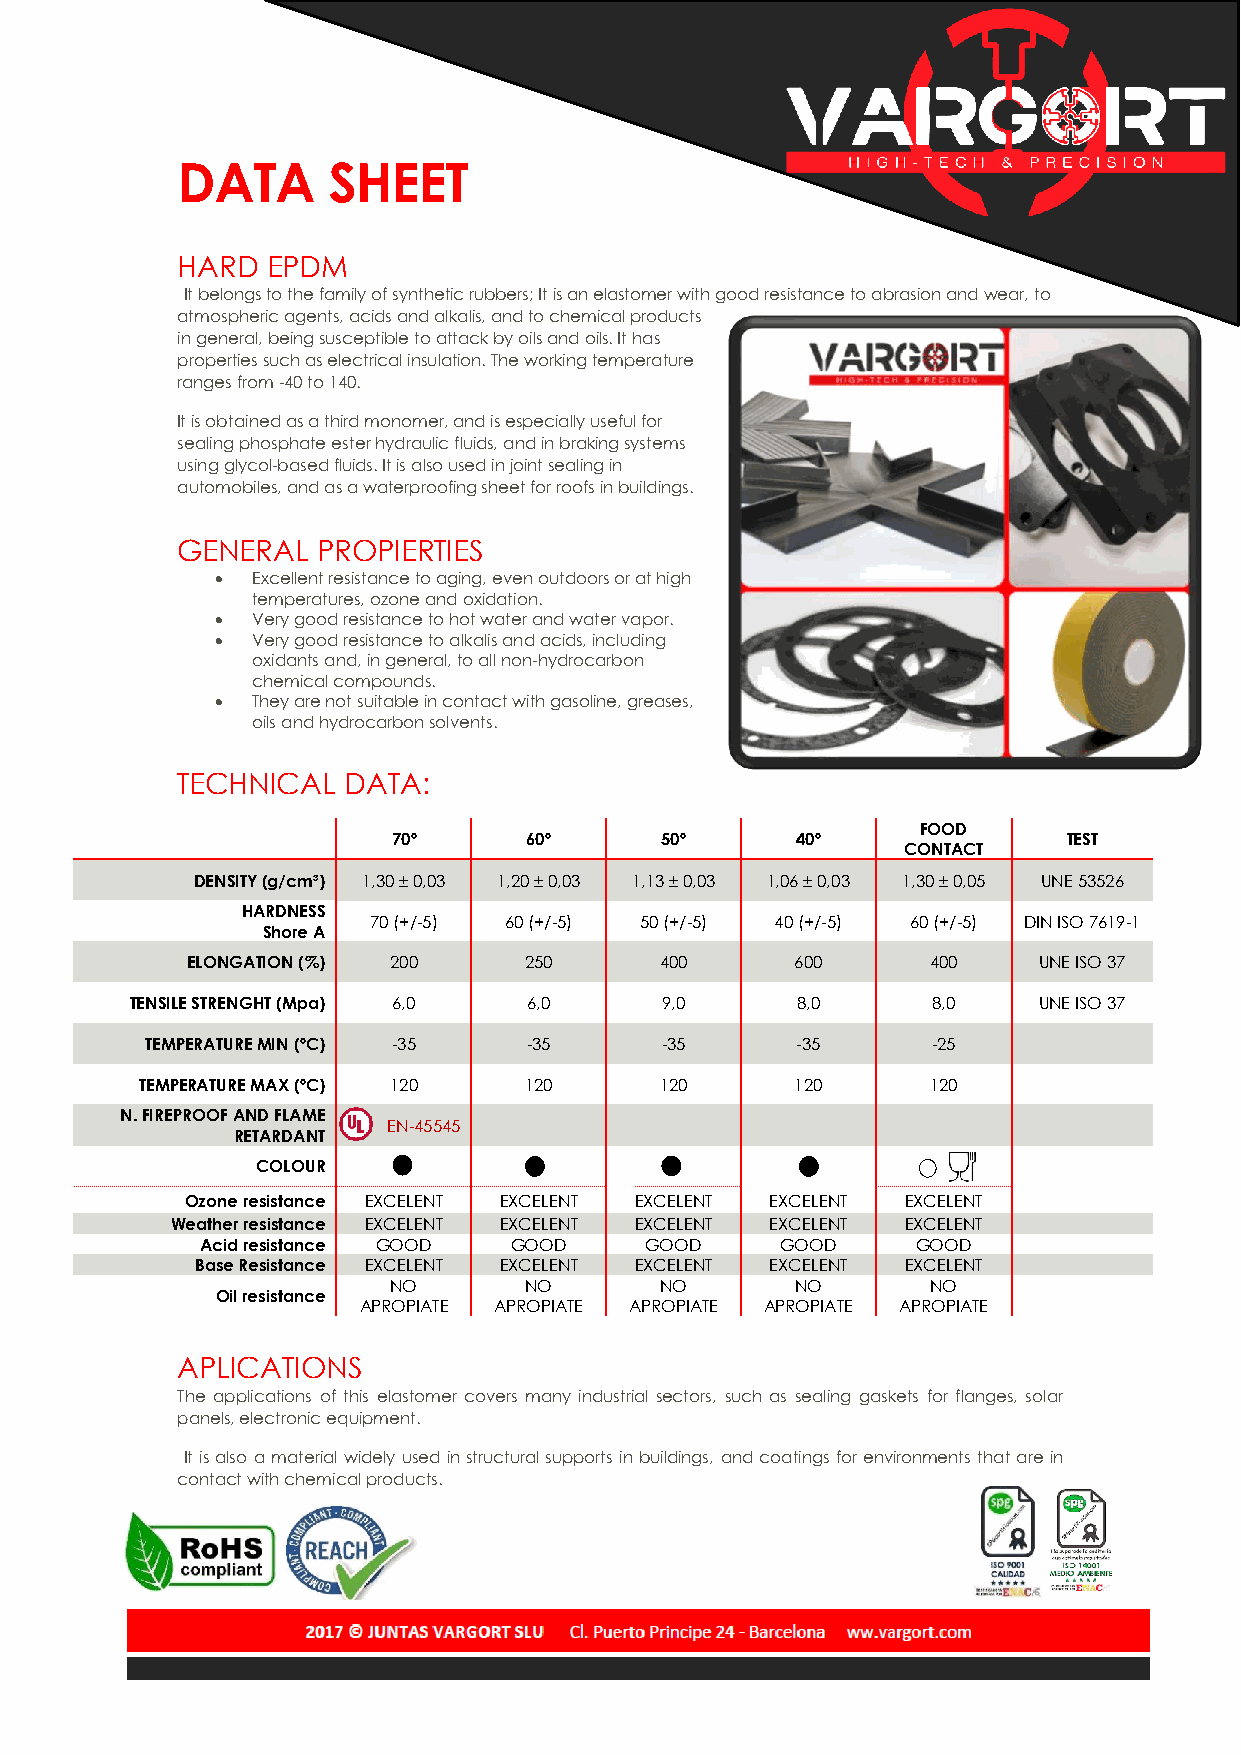
DATA      SHEET
 HARD  EPDM
 It belongs to the family of synthetic rubbers; It is an elastomer with good resistance to abrasion and wear, to
 atmospheric agents, acids and alkalis, and to chemical products
 in general, being susceptible to attack by oils and oils. It has
 properties such as electrical insulation. The working temperature
 ranges from -40 to 140.
 It is obtained as a third monomer, and is especially useful for
 sealing phosphate ester hydraulic fluids, and in braking systems
 using glycol-based fluids. It is also used in joint sealing in
 automobiles, and as a waterproofing sheet for roofs in buildings.
 GENERAL  PROPIERTIES
 •  Excellent resistance to aging, even outdoors or at high
 temperatures, ozone and oxidation.
 •  Very good resistance to hot water and water vapor.
 •  Very good resistance to alkalis and acids, including
 oxidants and, in general, to all non-hydrocarbon
 chemical compounds.
 •  They are not suitable in contact with gasoline, greases,
 oils and hydrocarbon solvents.
 TECHNICAL  DATA:
 FOOD
 70º      60º      50º      40º               TEST
 CONTACT
 DENSITY (g/cm³) 1,30 ± 0,03 1,20 ± 0,03 1,13 ± 0,03 1,06 ± 0,03 1,30 ± 0,05 UNE 53526
 HARDNESS
 70 (+/-5) 60 (+/-5) 50 (+/-5) 40 (+/-5) 60 (+/-5) DIN ISO 7619-1
 Shore A
 ELONGATION (%) 200     250      400      600      400    UNE ISO 37
 TENSILE STRENGHT (Mpa) 6,0 6,0     9,0      8,0      8,0    UNE ISO 37
 TEMPERATURE MIN (ºC) -35 -35      -35      -35      -25
 TEMPERATURE MAX (ºC) 120  120      120      120      120
 N. FIREPROOF AND FLAME
 EN-45545
 RETARDANT
 COLOUR
 Ozone resistance EXCELENT EXCELENT EXCELENT EXCELENT EXCELENT
 Weather resistance EXCELENT EXCELENT EXCELENT EXCELENT EXCELENT
 Acid resistance GOOD GOOD     GOOD     GOOD     GOOD
 Base Resistance EXCELENT EXCELENT EXCELENT EXCELENT EXCELENT
 NO       NO       NO       NO       NO
 Oil resistance
 APROPIATE APROPIATE APROPIATE APROPIATE APROPIATE
 APLICATIONS
 The applications of this elastomer covers many industrial sectors, such as sealing gaskets for flanges, solar
 panels, electronic equipment.
 It is also a material widely used in structural supports in buildings, and coatings for environments that are in
 contact with chemical products.